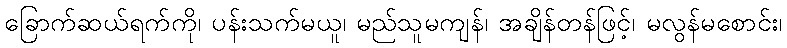
ခြောက်ဆယ်ရက်ကို၊ ပန်းသက်မယူ၊ မည်သူမကျန်၊ အချိန်တန်ဖြင့်၊ မလွန်မစောင်း၊